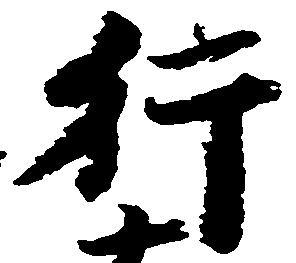
行